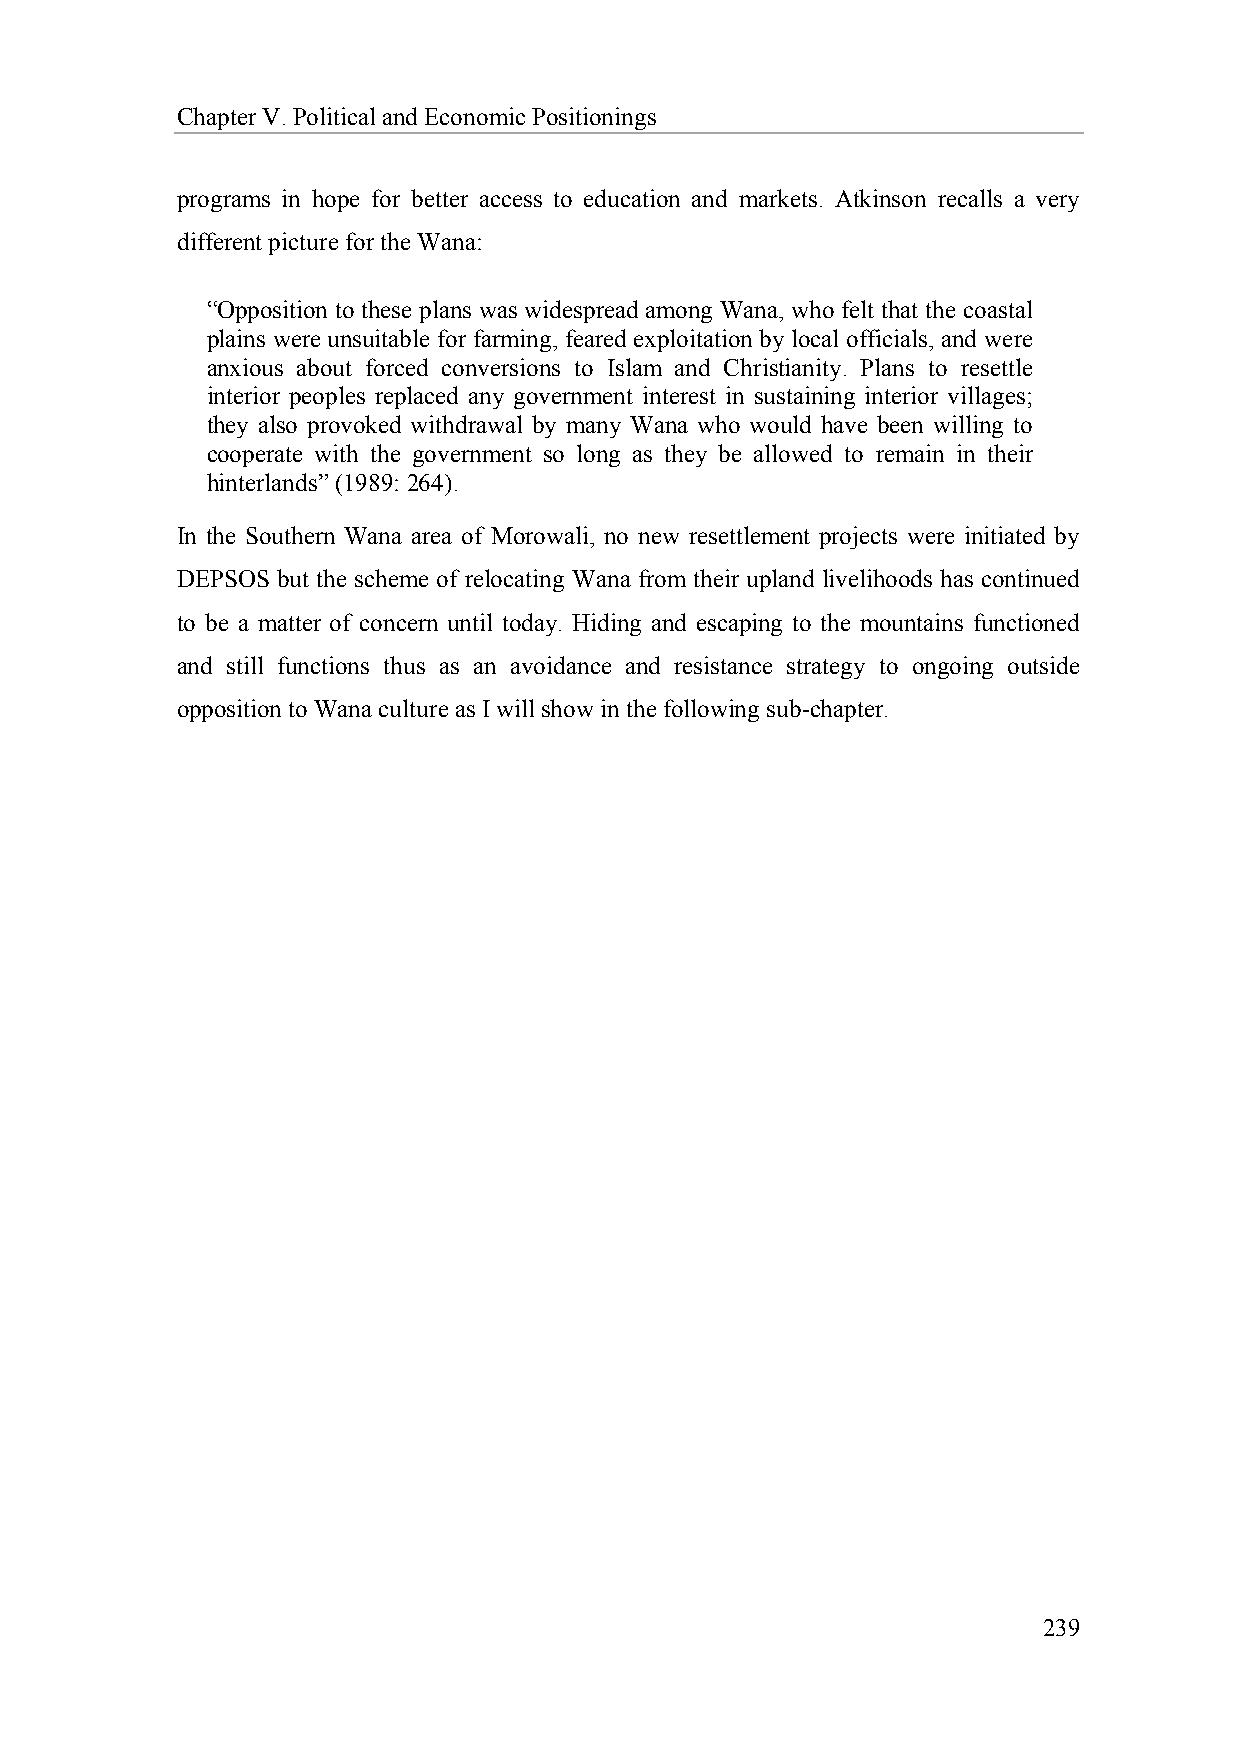
Chapter V. Political and Economic Positionings
 programs in hope for better access to education and markets. Atkinson recalls a very
 different picture for the Wana:
 “Opposition to these plans was widespread among Wana, who felt that the coastal
 plains were unsuitable for farming, feared exploitation by local officials, and were
 anxious about forced conversions to Islam and Christianity. Plans to resettle
 interior peoples replaced any government interest in sustaining interior villages;
 they also provoked withdrawal by many Wana who would have been willing to
 cooperate with the government so long as they be allowed to remain in their
 hinterlands” (1989: 264).
 In the Southern Wana area of Morowali, no new resettlement projects were initiated by
 DEPSOS but the scheme of relocating Wana from their upland livelihoods has continued
 to be a matter of concern until today. Hiding and escaping to the mountains functioned
 and still functions thus as an avoidance and resistance strategy to ongoing outside
 opposition to Wana culture as I will show in the following sub-chapter.
 239